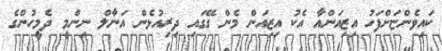
ކައިވެންޏަށްފަހު އިޒިއަންއާ އެކު އިޒިއަން މެން ގޭގައި ދިރިއުޅެން އަނާލް ނިންމީ ދެމީހުންގެ